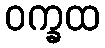
ဝက္ခထ